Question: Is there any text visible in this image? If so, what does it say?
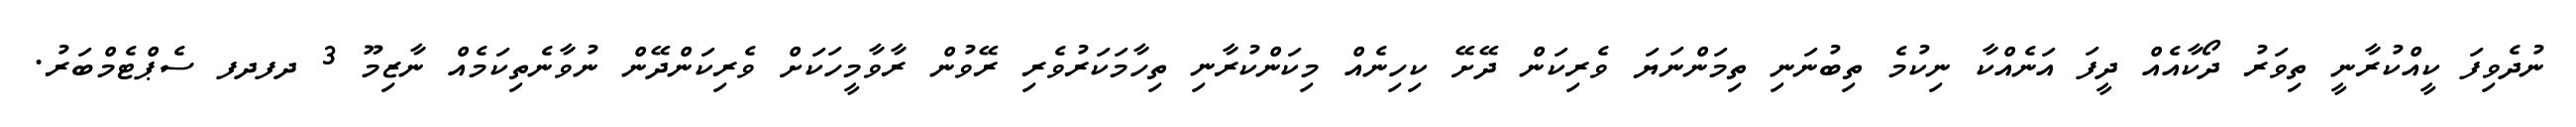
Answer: ނުދެވިފަ ކީއްކުރާނީ ތިވަރު ދޯކާއެއް ދީފަ އަނެއްކާ ނިކުމެ ތިބުނަނި ތިމަންނަޔަ ވެރިކަން ދޭށޭ ކިހިނެއް މިކަންކުރާނި ތިހާމަކަރުވެރި ރޭވުން ރާވާމީހަކަށް ވެރިކަންދޭން ނުވާނެތިކަމެއް ނާޒިމޫ 3 ދފދފ ސެޕްޓެމްބަރު.